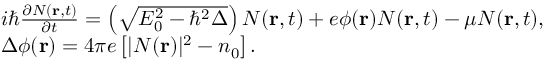
\begin{array} { r l } & { i \hbar \frac { { \partial { \cal N } ( { \bf { r } } , t ) } } { { \partial t } } = \left( { \sqrt { E _ { 0 } ^ { 2 } - { \hbar ^ { 2 } } \Delta } } \right) { \cal N } ( { \bf { r } } , t ) + e \phi ( { \bf { r } } ) { \cal N } ( { \bf { r } } , t ) - \mu { \cal N } ( { \bf { r } } , t ) , } \\ & { \Delta \phi ( { \bf { r } } ) = 4 \pi e \left[ { | { \cal N } ( { \bf { r } } ) { | ^ { 2 } } - { n _ { 0 } } } \right] . } \end{array}